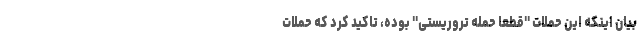
بیان اینکه این حملات "قطعا حمله تروریستی" بوده، تاکید کرد که حملات